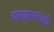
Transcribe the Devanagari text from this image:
शमदमपरवडी